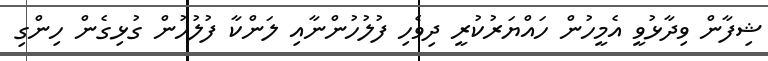
ޝިފާން ވިދާޅުވީ އެމީހުން ހައްޔަރުކުރީ ދިވެހި ފުލުހުންނާއި ލަންކާ ފުލުހުން ގުޅިގެން ހިންގި